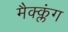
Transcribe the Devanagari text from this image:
मैक्क्लंग